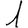
Digit: 1